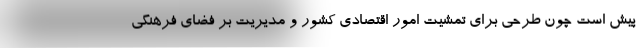
پیش است چون طرحی برای تمشیت امور اقتصادی کشور و مدیریت بر فضای فرهنگی